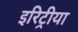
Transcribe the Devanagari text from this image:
इरिट्रीया